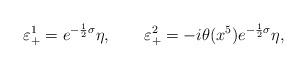
LaTeX: \begin{align*}\varepsilon_+^1=e^{-\frac{1}{2}\sigma}\eta,\qquad \varepsilon_+^2=-i\theta(x^5)e^{-\frac{1}{2}\sigma}\eta,\end{align*}